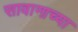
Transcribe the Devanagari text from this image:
सावानाच्या